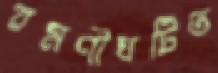
রমণীঘটিত